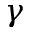
\gamma